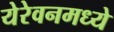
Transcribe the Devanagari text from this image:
येरेवनमध्ये